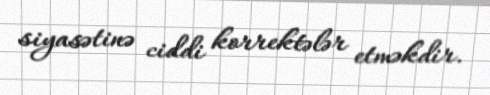
siyasətinə ciddi korrektələr etməkdir.